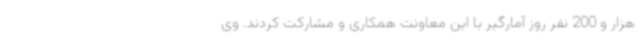
هزار و 200 نفر روز آمارگیر با این معاونت همکاری و مشارکت کردند. وی